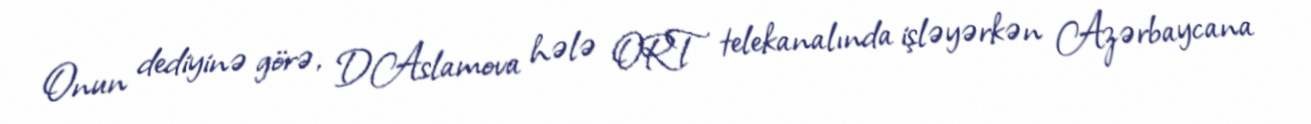
Onun dediyinə görə, D.Aslamova hələ ORT telekanalında işləyərkən Azərbaycana